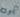
يوتا